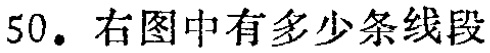
50. 右图中有多少条线段